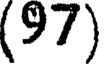
(97)